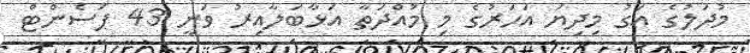
މުދަލުގެ އަގު މިދިޔަ އަހަރުގެ މި މުއްދަތާ އަޅާބަލާއިރު ވަނީ 43 ޕަސެންޓް